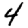
Digit: 4